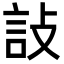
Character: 𬢟